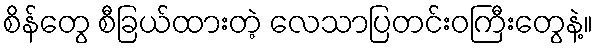
စိန်တွေ စီခြယ်ထားတဲ့ လေသာပြတင်းဝကြီးတွေနဲ့။